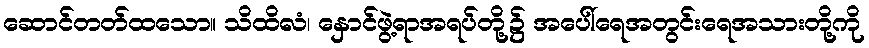
ဆောင်တတ်ထသော။ သိထိလံ၊ နှောင်ဖွဲ့ရာအရပ်တို့၌ အပေါ်ရေအတွင်းရေအသားတို့ကို